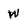
Character: w